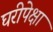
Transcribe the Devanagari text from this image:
घरीपेक्षा